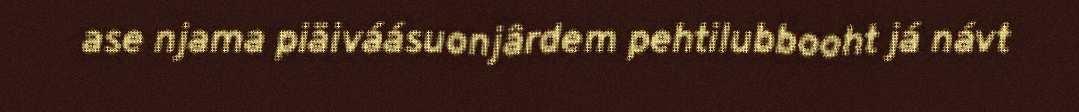
ase njama piäiváásuonjârdem pehtilubbooht já návt